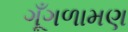
ગૂઁગળામણ